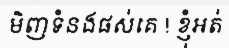
មិញទំនងផស់គេ ! ខ្ញុំអត់